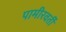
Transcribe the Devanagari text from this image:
पामीरवर्ती